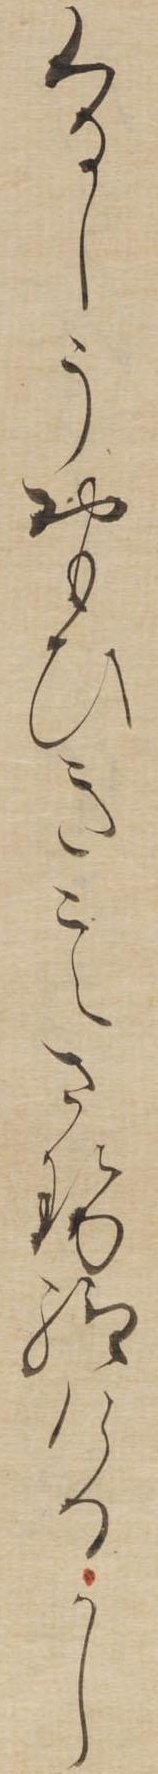
くるしうおもひきこえさせ給けるかし